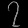
Digit: ၇